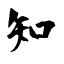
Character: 知